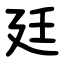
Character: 廷